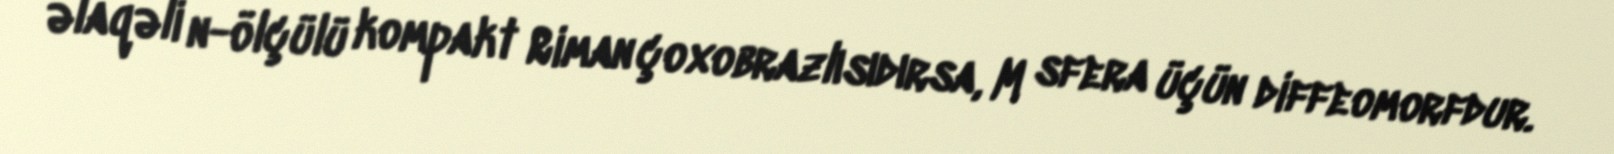
əlaqəli n-ölçülü kompakt Riman çoxobrazlısıdırsa, M sfera üçün diffeomorfdur.